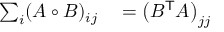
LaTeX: \begin{array} { r l } { \sum _ { i } ( A \circ B ) _ { i j } } & { { } = \left( B ^ { \mathsf { T } } A \right) _ { j j } } \end{array}